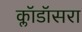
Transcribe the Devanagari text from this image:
क्लॉडॉसरा